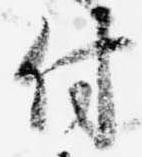
付